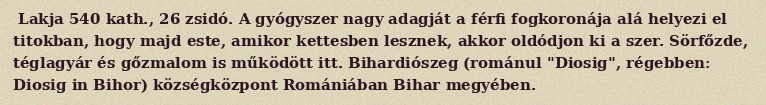
Lakja 540 kath., 26 zsidó. A gyógyszer nagy adagját a férfi fogkoronája alá helyezi el titokban, hogy majd este, amikor kettesben lesznek, akkor oldódjon ki a szer. Sörfőzde, téglagyár és gőzmalom is működött itt. Bihardiószeg (románul "Diosig", régebben: Diosig in Bihor) községközpont Romániában Bihar megyében.